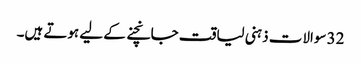
32 سوالات ذہنی لیاقت جانچنے کے لیے ہوتے ہیں۔